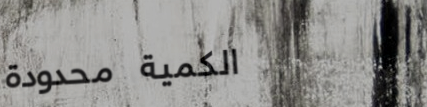
الكمية محدودة